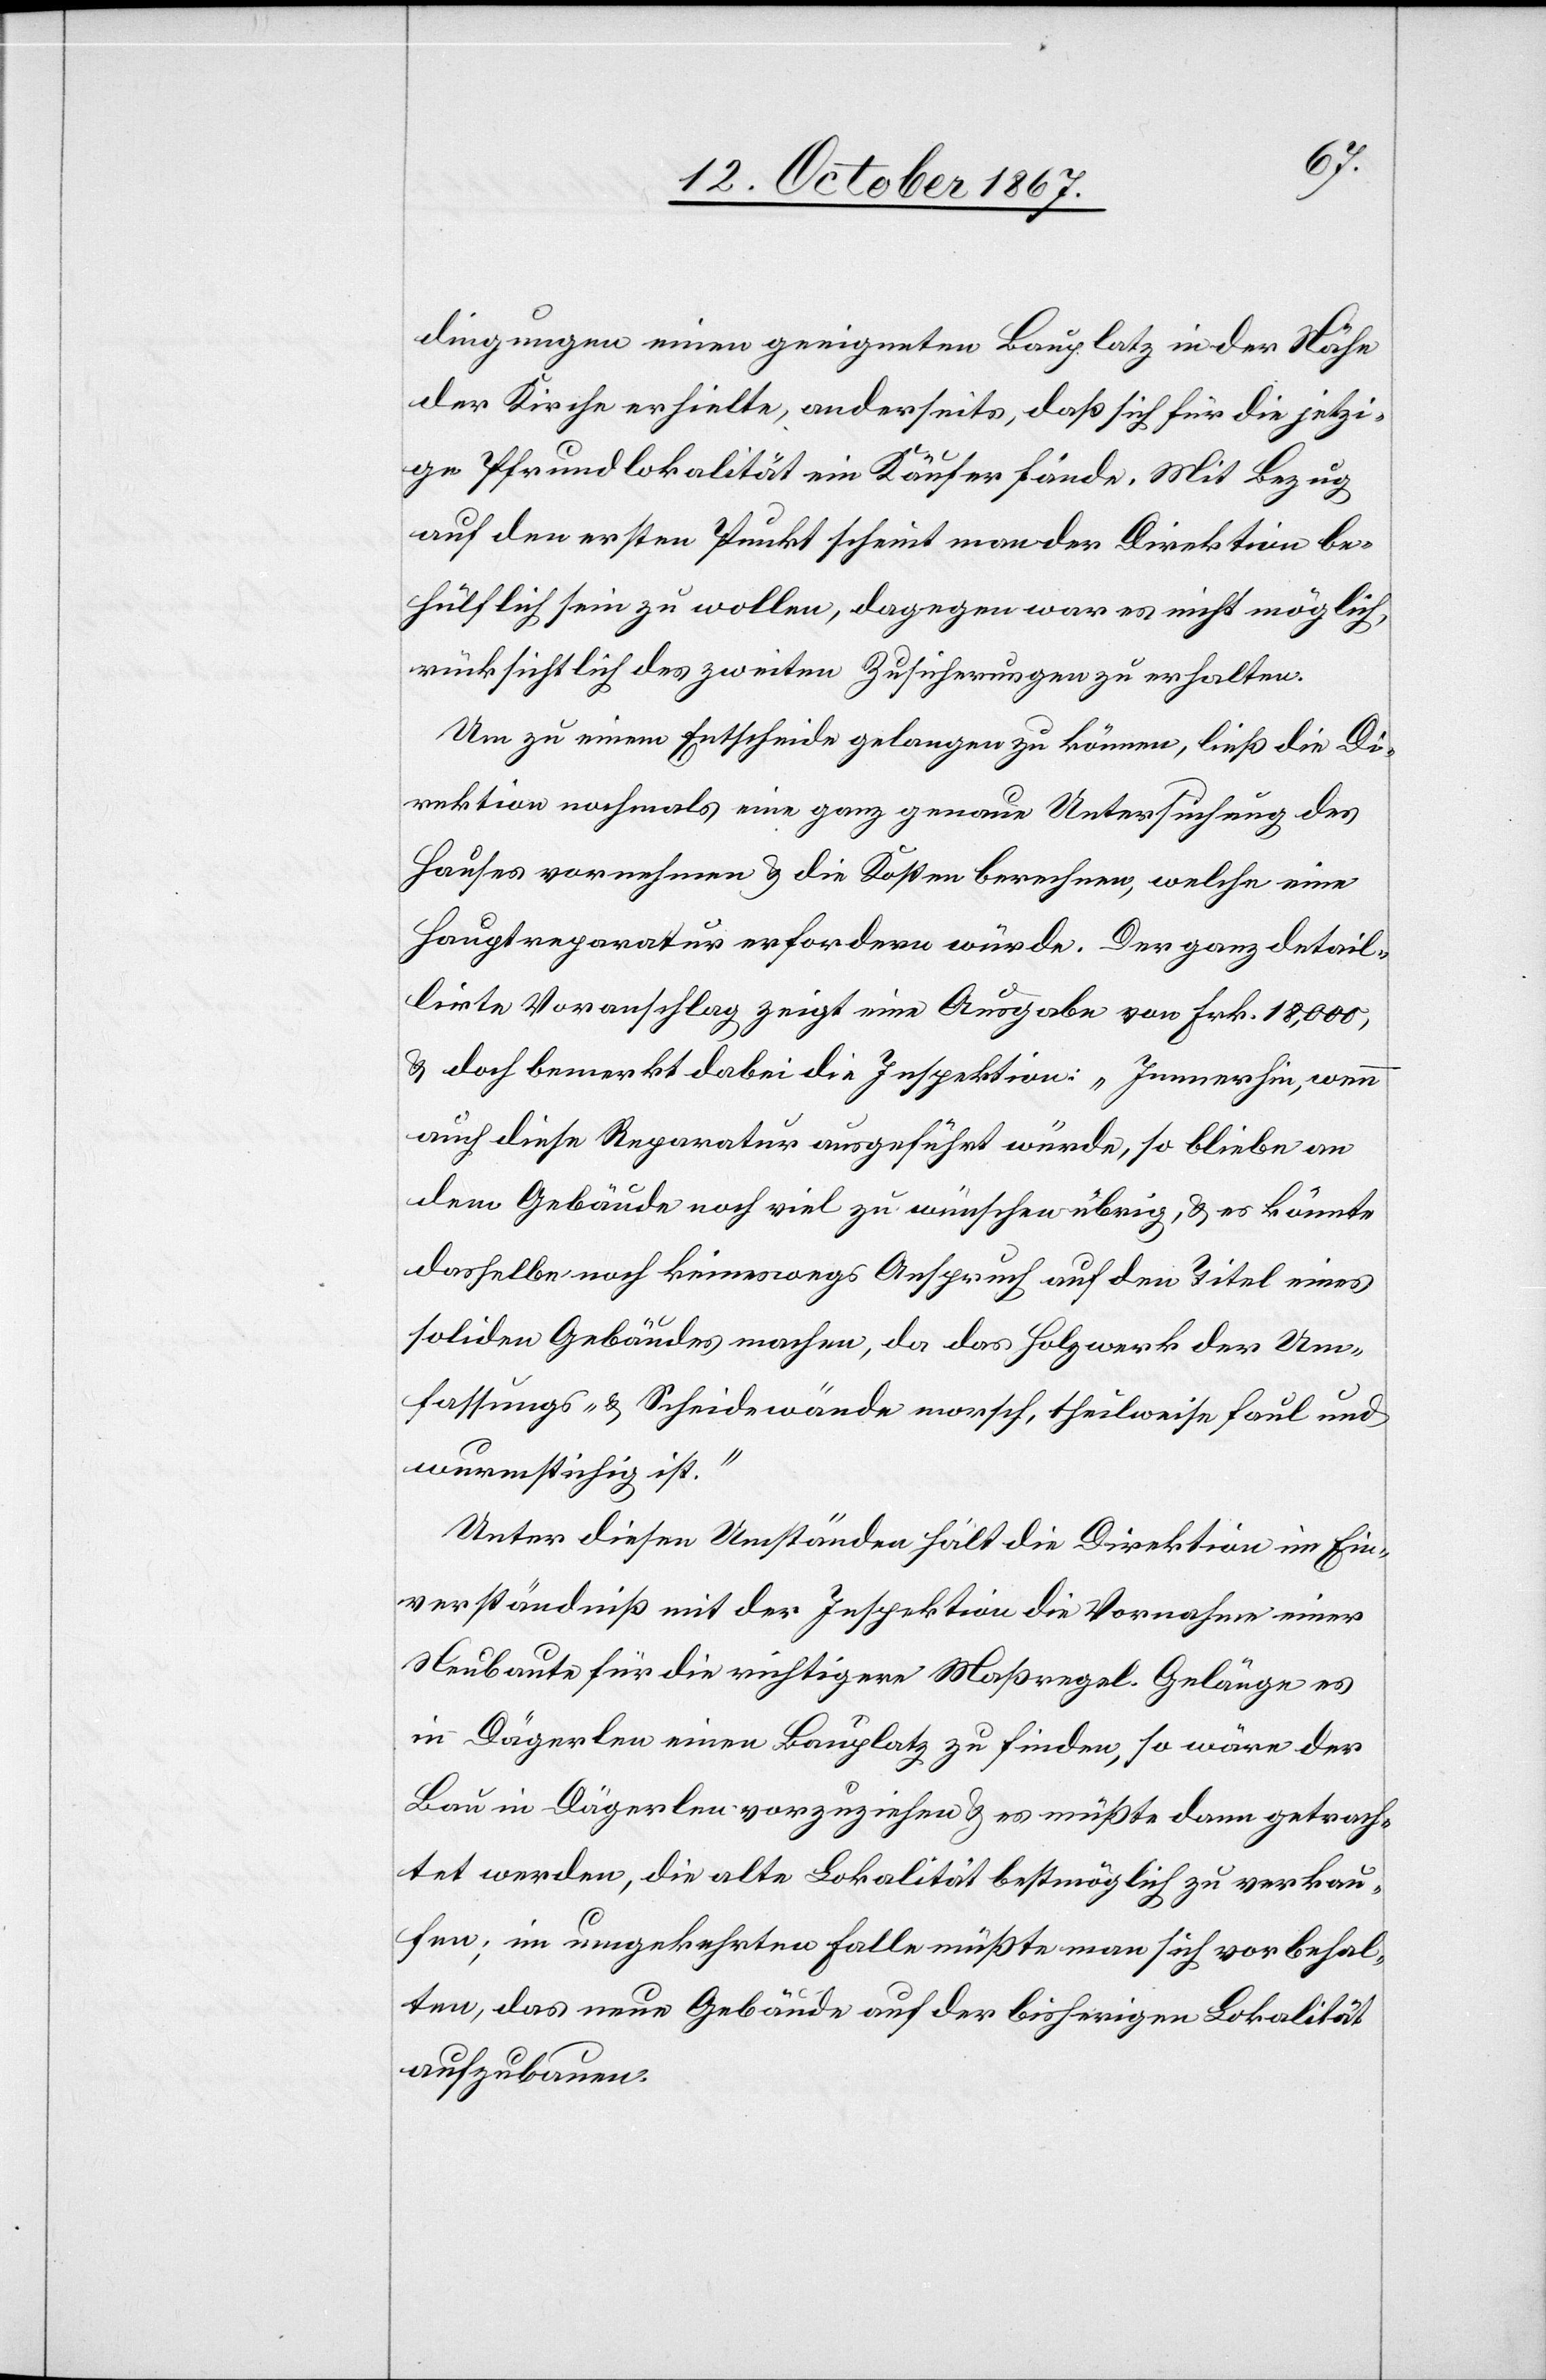
dingungen einen geeigneten Bauplatz in der Nähe
der Kirch erhielte, anderseits, daß sich für die jetzi¬
ge Pfrundlokalität ein Käufer fände. Mit Bezug
auf den ersten Punkt scheint man der Direktion be¬
hülflich sein zu wollen, dagegen war es nicht möglich,
rücksichtlich des zweiten Zusicherungen zu erhalten.
Um zu einem Entscheide gelangen zu können, ließ die Di¬
rektion nochmals eine ganz genaue Untersuchung des
Hauses vornehmen u. die Kosten berechnen, welche eine
Hauptreparatur erfordern würde. Der ganz detail¬
lirte Voranschlag zeigt eine Ausgabe von Frk. 18 000,
u. doch bemerkt dabei die Inspektion: „Immerhin, wenn
auch diese Reparatur ausgeführt würde, so bliebe an
dem Gebäude noch viel zu wünschen übrig, u. es könnte
dasselbe noch keineswegs Anspruch auf den Titel eines
soliden Gebäudes machen, da das Holzwerk der Um¬
fassungs- u. Scheidewände morsch, theilweise faul und
wurmstichig ist.“
Unter diesen Umständen hält die Direktion im Ein¬
verständniß mit der Inspektion die Vornahme einer
Neubaute für die richtigere Maßregel. Gelänge es
in Dägerlen einen Bauplatz zu finden, so wäre der
Bau in Dägerlen vorzuziehen u. es müßte dann getrach¬
tet werden, die alte Lokalität bestmöglich zu verkau¬
fen; im umgekehrten Falle müßte man sich vorbehal¬
ten, das neue Gebäude auf der bisherigen Lokalität
auszubauen.